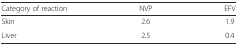
| Category of reaction | NVP | EFV |
 | --- | --- | --- |
 | Skin | 2.6 | 1.9 |
 | Liver | 2.5 | 0.4 |